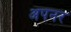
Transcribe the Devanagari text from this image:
अपनर